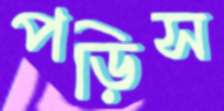
পড়িস